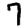
Digit: 7